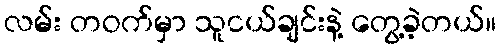
လမ်း တဝက်မှာ သူငယ်ချင်းနဲ့ တွေ့ခဲ့တယ်။